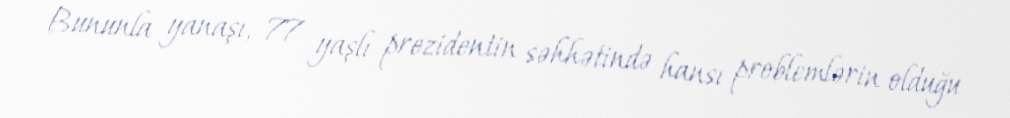
Bununla yanaşı, 77 yaşlı prezidentin səhhətində hansı problemlərin olduğu